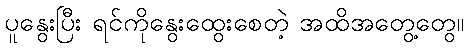
ပူနွေးပြီး ရင်ကိုနွေးထွေးစေတဲ့ အထိအတွေ့တွေ။